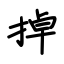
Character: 掉